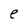
Character: e